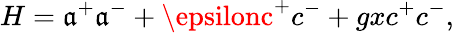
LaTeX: H=\mathfrak{a}^{+}\mathfrak{a}^{-}+\epsilonc^{+}c^{-}+gxc^{+}c^{-},